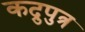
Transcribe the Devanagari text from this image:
कद्रुपुत्र